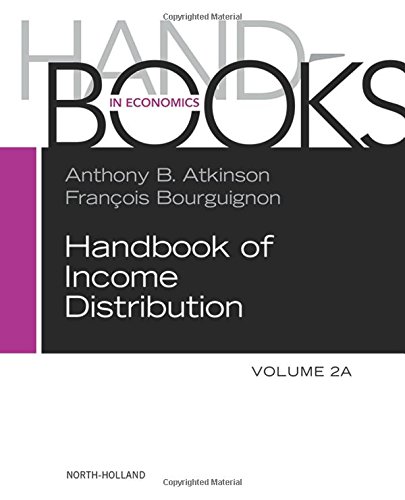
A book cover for Handbook of Income Distribution SET vols. 2A-2B, Volume 2; Business & Money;